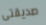
صديقتى